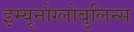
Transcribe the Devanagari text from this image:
इम्यूनोग्लोबुलिन्स